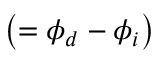
\left( = \phi _ { d } - \phi _ { i } \right)